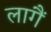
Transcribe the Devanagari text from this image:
लागैं